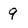
Character: 9